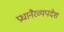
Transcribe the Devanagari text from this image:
प्रधानैरव्यपदेश